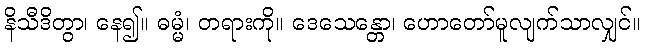
နိသီဒိတွာ၊ နေ၍။ ဓမ္မံ၊ တရားကို။ ဒေသေန္တော၊ ဟောတော်မူလျက်သာလျှင်။